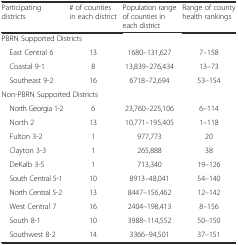
<table><thead><tr><td><b>Participating districts</b></td><td><b># of counties in each district</b></td><td><b>Population range of counties in each district</b></td><td><b>Range of county health rankings</b></td></tr></thead><tbody><tr><td colspan="4">PBRN Supported Districts</td></tr><tr><td> East Central 6</td><td>13</td><td>1680–131,627</td><td>7–158</td></tr><tr><td> Coastal 9-1</td><td>8</td><td>13,839–276,434</td><td>13–73</td></tr><tr><td> Southeast 9-2</td><td>16</td><td>6718–72,694</td><td>53–154</td></tr><tr><td colspan="4">Non-PBRN Supported Districts</td></tr><tr><td> North Georgia 1-2</td><td>6</td><td>23,760–225,106</td><td>6–114</td></tr><tr><td> North 2</td><td>13</td><td>10,771–195,405</td><td>1–118</td></tr><tr><td> Fulton 3-2</td><td>1</td><td>977,773</td><td>20</td></tr><tr><td> Clayton 3-3</td><td>1</td><td>265,888</td><td>38</td></tr><tr><td> DeKalb 3-5</td><td>1</td><td>713,340</td><td>19–126</td></tr><tr><td> South Central 5-1</td><td>10</td><td>8913–48,041</td><td>54–140</td></tr><tr><td> North Central 5-2</td><td>13</td><td>8447–156,462</td><td>12–142</td></tr><tr><td> West Central 7</td><td>16</td><td>2404–198,413</td><td>8–156</td></tr><tr><td> South 8-1</td><td>10</td><td>3988–114,552</td><td>50–150</td></tr><tr><td> Southwest 8-2</td><td>14</td><td>3366–94,501</td><td>37–151</td></tr></tbody></table>